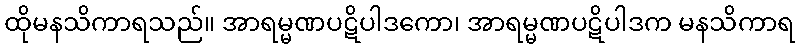
ထိုမနသိကာရသည်။ အာရမ္မဏပဋိပါဒကော၊ အာရမ္မဏပဋိပါဒက မနသိကာရ